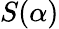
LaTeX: S(\alpha)